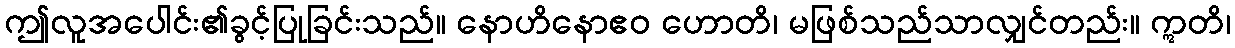
ဤလူအပေါင်း၏ခွင့်ပြုခြင်းသည်။ နောဟိနောဧဝ ဟောတိ၊ မဖြစ်သည်သာလျှင်တည်း။ ဣတိ၊